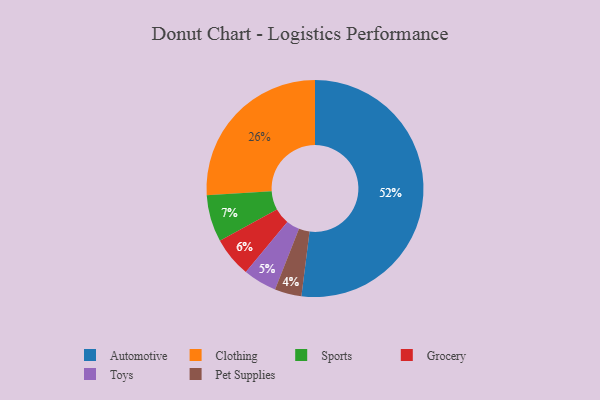
{"axis": {"x": "Category", "y": "Percentage"}, "legend": ["Automotive", "Clothing", "Grocery", "Pet Supplies", "Sports", "Toys"], "data": [{"x": "Automotive", "y": 52, "type": "Automotive"}, {"x": "Pet Supplies", "y": 4, "type": "Pet Supplies"}, {"x": "Toys", "y": 5, "type": "Toys"}, {"x": "Sports", "y": 7, "type": "Sports"}, {"x": "Clothing", "y": 26, "type": "Clothing"}, {"x": "Grocery", "y": 6, "type": "Grocery"}]}